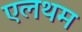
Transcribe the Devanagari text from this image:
एलथम